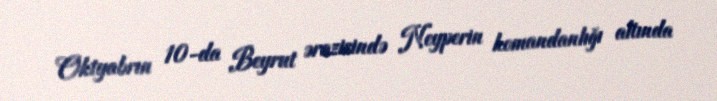
Oktyabrın 10-da Beyrut ərazisində Neyperin komandanlığı altında